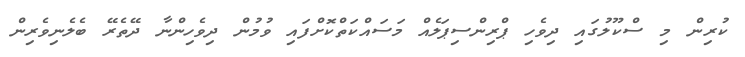
ކުރިން މި ސްކޫލުގައި ދިވެހި ޕްރިންސިޕަލެއް މަސައްކަތްކޮށްފައި ވުމުން ދިވެހިންނާ ދޭތެރޭ ބެލެނިވެރިން